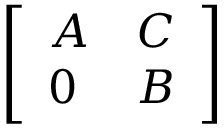
\left[ \begin{array} { l l } { A } & { C } \\ { 0 } & { B } \end{array} \right]